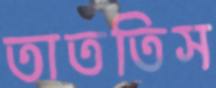
তাততিস